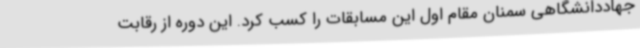
جهاددانشگاهی سمنان مقام اول این مسابقات را کسب کرد. این دوره از رقابت